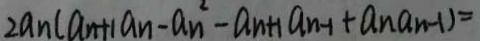
2 a _ { n } ( a _ { n + 1 } a _ { n } - a _ { n } ^ { 2 } - a _ { n + 1 } a _ { n - 1 } + a _ { n } a _ { n - 1 } ) =